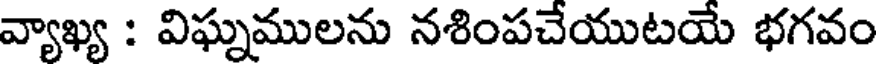
వ్యాఖ్య : విఘ్నములను నశింపచేయుటయే భగవం